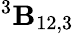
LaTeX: {^3{\cal\mathbf{B}}_{12,3}}